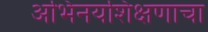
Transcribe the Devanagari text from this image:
अभिनयशिक्षणाचा